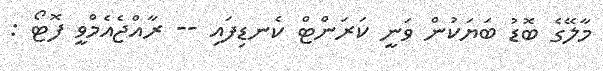
މާލޭގެ ބޮޑު ބަޔަކުން ވަނީ ކަރަންޓް ކެނޑިފައި -- ރާއްޖެއެމްވީ ފޮޓޯ :